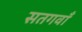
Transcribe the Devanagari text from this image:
सतगवाँ